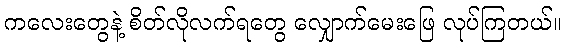
ကလေးတွေနဲ့ စိတ်လိုလက်ရတွေ လျှောက်မေးဖြေ လုပ်ကြတယ်။